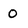
Character: 0